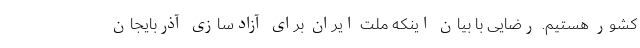
کشور هستیم. رضایی با بیان اینکه ملت ایران برای آزادسازی آذربایجان